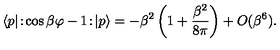
\langle p | \! : \! \cos \beta \varphi - 1 \! : \! | p \rangle = - \beta ^ { 2 } \left( 1 + \frac { \beta ^ { 2 } } { 8 \pi } \right) + O ( \beta ^ { 6 } ) .